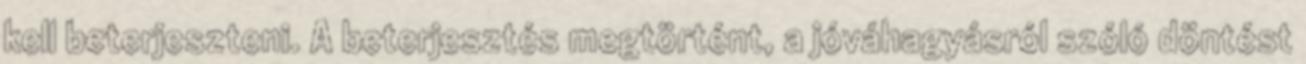
kell beterjeszteni. A beterjesztés megtörtént, a jóváhagyásról szóló döntést